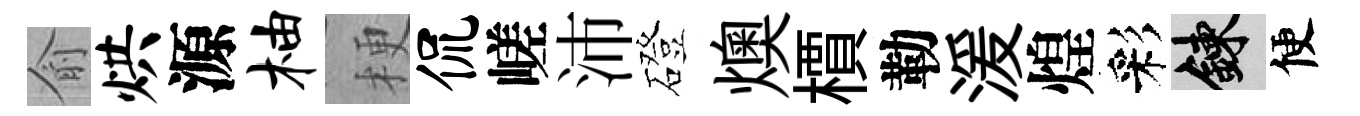
俞烘源柚梗侃嵯沛磴燠檟勒湲煌彩練便